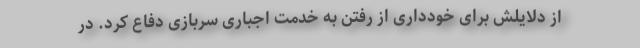
از دلایلش برای خودداری از رفتن به خدمت اجباری سربازی دفاع کرد. در